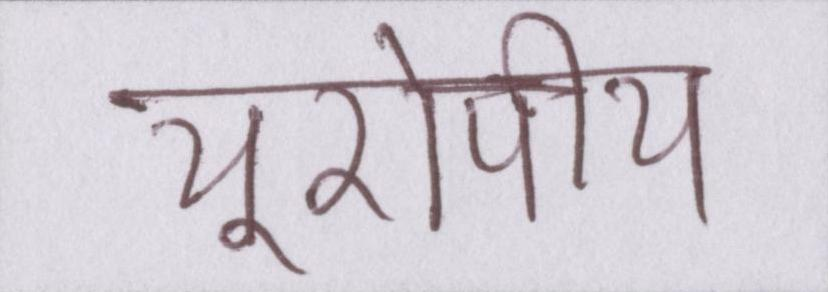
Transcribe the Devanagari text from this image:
यूरोपीय